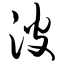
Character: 波